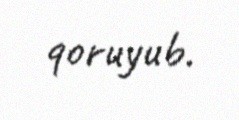
qoruyub.